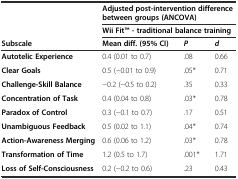
<table><thead><tr><td></td><td colspan="3"><b>Adjusted post-intervention difference between groups (ANCOVA)</b></td></tr><tr><td></td><td colspan="3"><b>Wii FitTM - traditional balance training</b></td></tr><tr><td><b>Subscale</b></td><td><b>Mean diff. (95% CI)</b></td><td><b><i>P</i></b></td><td><b><i>d</i></b></td></tr></thead><tbody><tr><td><b>Autotelic Experience</b></td><td>0.4 (0.01 to 0.7)</td><td>.08</td><td>0.66</td></tr><tr><td><b>Clear Goals</b></td><td>0.5 (−0.01 to 0.9)</td><td>.05*</td><td>0.71</td></tr><tr><td><b>Challenge-Skill Balance</b></td><td>−0.2 (−0.5 to 0.2)</td><td>.35</td><td>0.33</td></tr><tr><td><b>Concentration of Task</b></td><td>0.4 (0.04 to 0.8)</td><td>.03*</td><td>0.78</td></tr><tr><td><b>Paradox of Control</b></td><td>0.3 (−0.1 to 0.7)</td><td>.17</td><td>0.51</td></tr><tr><td><b>Unambiguous Feedback</b></td><td>0.5 (0.02 to 1.1)</td><td>.04*</td><td>0.74</td></tr><tr><td><b>Action-Awareness Merging</b></td><td>0.6 (0.06 to 1.2)</td><td>.03*</td><td>0.78</td></tr><tr><td><b>Transformation of Time</b></td><td>1.2 (0.5 to 1.7)</td><td>.001*</td><td>1.71</td></tr><tr><td><b>Loss of Self-Consciousness</b></td><td>0.2 (−0.2 to 0.6)</td><td>.23</td><td>0.43</td></tr></tbody></table>